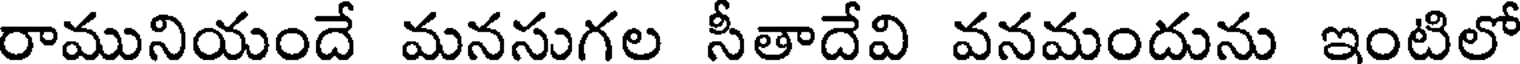
రామునియందే మనసుగల సీతాదేవి వనమందును ఇంటిలో